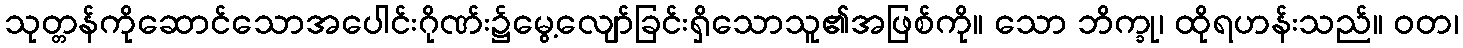
သုတ္တန်ကိုဆောင်သောအပေါင်းဂိုဏ်း၌မွေ့လျော်ခြင်းရှိသောသူ၏အဖြစ်ကို။ သော ဘိက္ခု၊ ထိုရဟန်းသည်။ ဝတ၊